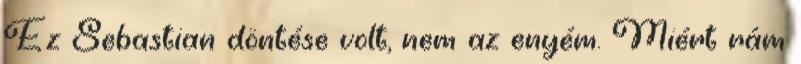
Ez Sebastian döntése volt, nem az enyém. Miért rám